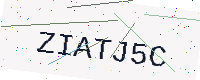
Text: ZIATJ5C